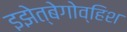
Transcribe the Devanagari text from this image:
इझेत्बेगोव्हिश